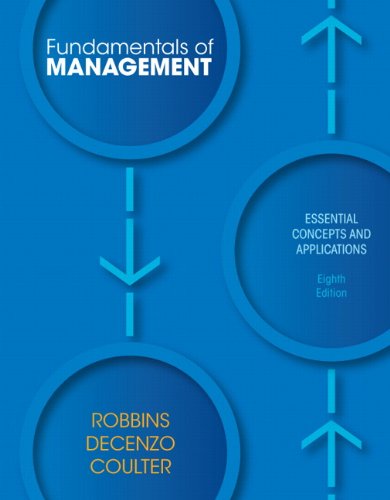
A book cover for Fundamentals of Management: Essential Concepts and Applications (8th Edition); Stephen P. Robbins; Business & Money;